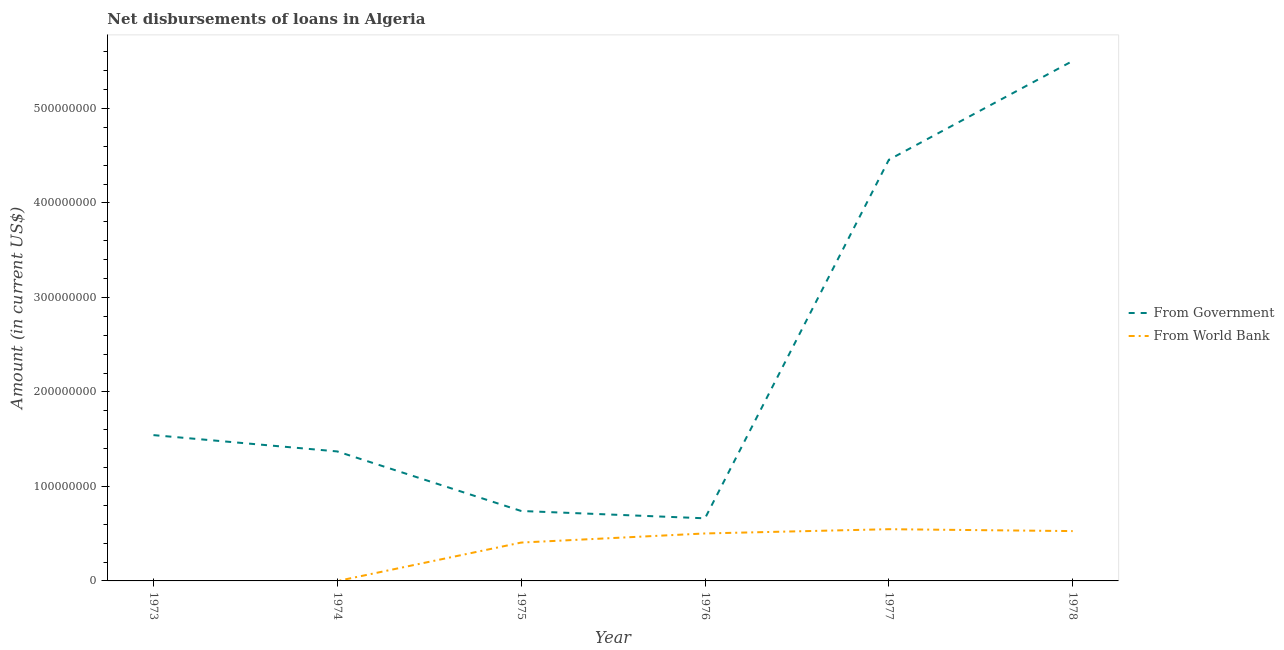
| Year | From Government | From World Bank |
 | --- | --- | --- |
 | 1973 | 1.54e+08 | -1.19e+06 |
 | 1974 | 1.37e+08 | -1.43e+05 |
 | 1975 | 7.4e+07 | 4.06e+07 |
 | 1976 | 6.63e+07 | 5.02e+07 |
 | 1977 | 4.46e+08 | 5.47e+07 |
 | 1978 | 5.5e+08 | 5.27e+07 |